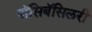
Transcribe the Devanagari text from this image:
पॉसिबॅसिलरी